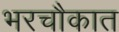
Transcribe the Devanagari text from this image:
भरचौकात